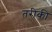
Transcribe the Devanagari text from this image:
तरीकी